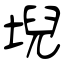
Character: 堄